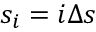
s _ { i } = i \Delta s